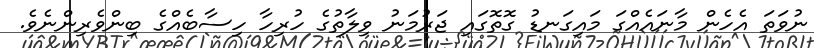
ނުވަތަ އެހެން މާނައެއްގަ މައިގަނޑު ގޮތޮގައި ޖަރުމަނު ވިލާތުގެ ހުރިހާ ހިސާބެއްގެ ބިންވެރިންނެވެ.